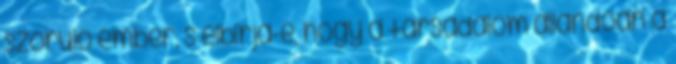
szoruló ember, s elbírja-e, hogy a társadalom állandóan a